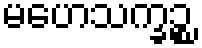
မဟေသက္ခဉ္စ